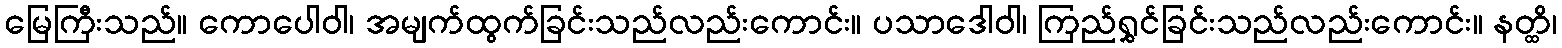
မြေကြီးသည်။ ကောပေါဝါ၊ အမျက်ထွက်ခြင်းသည်လည်းကောင်း။ ပသာဒေါဝါ၊ ကြည်ရွှင်ခြင်းသည်လည်းကောင်း။ နတ္ထိ၊